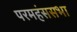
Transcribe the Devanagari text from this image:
परमहंससभा